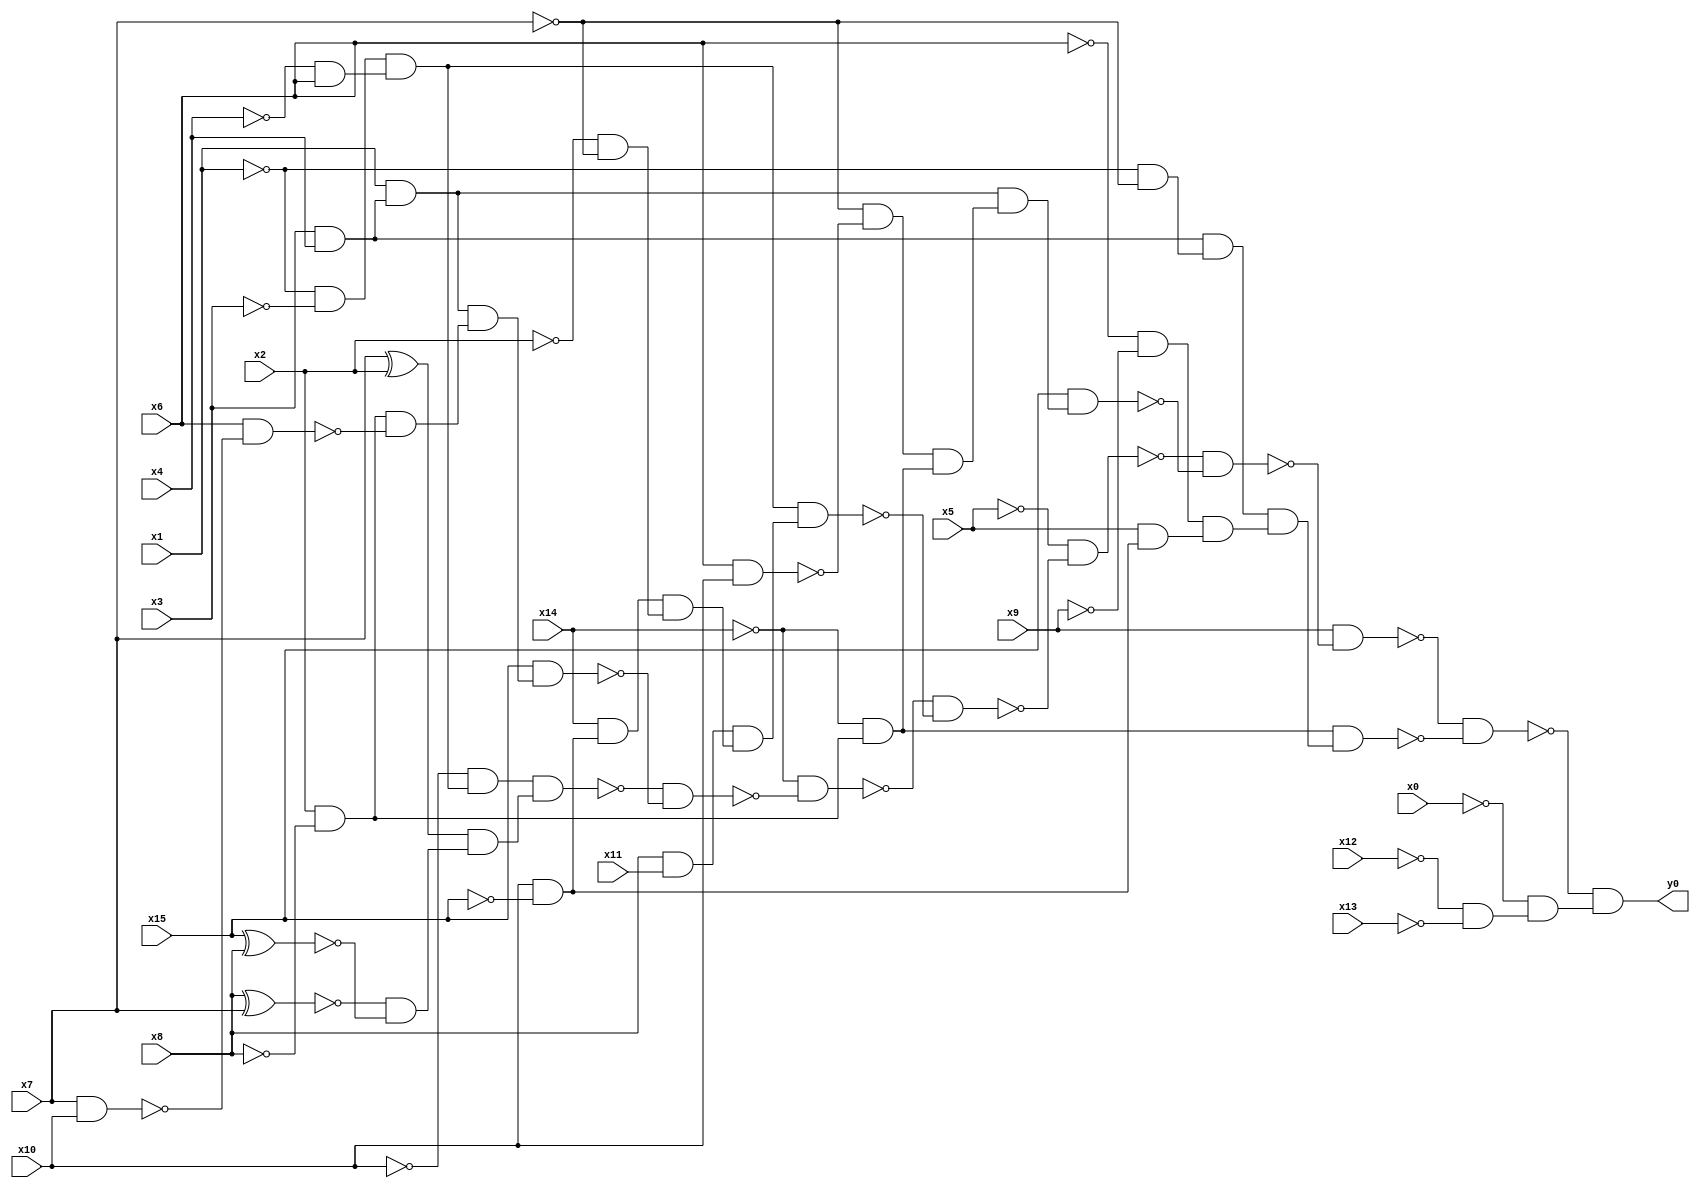
module top( x0 , x1 , x2 , x3 , x4 , x5 , x6 , x7 , x8 , x9 , x10 , x11 , x12 , x13 , x14 , x15 , y0 );
  input x0 , x1 , x2 , x3 , x4 , x5 , x6 , x7 , x8 , x9 , x10 , x11 , x12 , x13 , x14 , x15 ;
  output y0 ;
  wire n17 , n18 , n19 , n20 , n21 , n22 , n23 , n24 , n25 , n26 , n27 , n28 , n29 , n30 , n31 , n32 , n33 , n34 , n35 , n36 , n37 , n38 , n39 , n40 , n41 , n42 , n43 , n44 , n45 , n46 , n47 , n48 , n49 , n50 , n51 , n52 , n53 , n54 , n55 , n56 , n57 , n58 , n59 , n60 , n61 , n62 , n63 , n64 ;
  assign n17 = ~x1 & ~x3 ;
  assign n18 = ~x4 & x6 ;
  assign n19 = n17 & n18 ;
  assign n20 = ~x10 & n19 ;
  assign n21 = x7 ^ x2 ;
  assign n22 = x8 ^ x7 ;
  assign n23 = x15 ^ x8 ;
  assign n24 = ~n22 & ~n23 ;
  assign n25 = n21 & n24 ;
  assign n26 = n20 & n25 ;
  assign n27 = x3 & x4 ;
  assign n28 = x1 & n27 ;
  assign n29 = x2 & ~x8 ;
  assign n30 = x7 & x10 ;
  assign n31 = x6 & ~n30 ;
  assign n32 = n29 & ~n31 ;
  assign n33 = n28 & n32 ;
  assign n34 = x15 & n33 ;
  assign n35 = ~n26 & ~n34 ;
  assign n36 = ~x14 & ~n35 ;
  assign n37 = x8 & x11 ;
  assign n38 = x10 & ~x15 ;
  assign n39 = x14 & n38 ;
  assign n40 = ~x2 & ~x7 ;
  assign n41 = n39 & n40 ;
  assign n42 = n37 & n41 ;
  assign n43 = n19 & n42 ;
  assign n44 = ~n36 & ~n43 ;
  assign n45 = ~x5 & ~n44 ;
  assign n46 = x6 & x10 ;
  assign n47 = ~x7 & ~n46 ;
  assign n48 = ~x14 & n29 ;
  assign n49 = n47 & n48 ;
  assign n50 = n28 & n49 ;
  assign n51 = x15 & n50 ;
  assign n52 = ~n45 & ~n51 ;
  assign n53 = x9 & ~n52 ;
  assign n54 = ~x1 & ~x7 ;
  assign n55 = n27 & n54 ;
  assign n56 = ~x6 & ~x9 ;
  assign n57 = x5 & n38 ;
  assign n58 = n56 & n57 ;
  assign n59 = n55 & n58 ;
  assign n60 = n48 & n59 ;
  assign n61 = ~n53 & ~n60 ;
  assign n62 = ~x12 & ~x13 ;
  assign n63 = ~x0 & n62 ;
  assign n64 = ~n61 & n63 ;
  assign y0 = n64 ;
endmodule